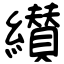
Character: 纉